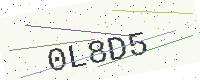
Text: 0L8D5